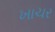
ખાચર